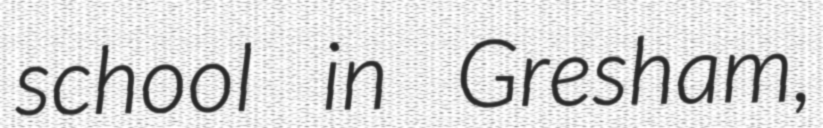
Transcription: school in Gresham,